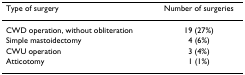
| Type of surgery | Number of surgeries |
 | --- | --- |
 | CWD operation, without obliteration | 19 (27%) |
 | Simple mastoidectomy | 4 (6%) |
 | CWU operation | 3 (4%) |
 | Atticotomy | 1 (1%) |